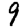
Digit: 9